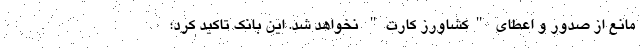
مانع از صدور و اعطای "کشاورز کارت" نخواهد شد. این بانک تاکید کرد؛